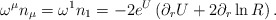
\begin{align*}\omega^{\mu}n_{\mu}=\omega^{1}n_{1}=-2e^{U}\left (\partial_{r} U+2\partial_{r} \ln R \right).\end{align*}